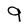
Character: 9